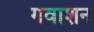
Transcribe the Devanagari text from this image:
गवाशन